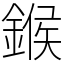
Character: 鍭